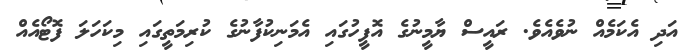
އަދި އެކަމެއް ނުވެއެވެ. ރައީސް ޔާމީނުގެ އޮފީހުގައި އެމަނިކުފާނުގެ ކުރިމަތީގައި މިކަހަލަ ފޮޓޯއެއް